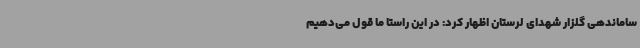
ساماندهی گلزار شهدای لرستان اظهار کرد: در این راستا ما قول می‌دهیم